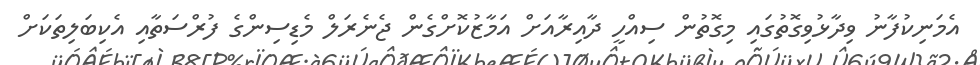
އެމަނިކުފާނު ވިދާޅުވިގޮތުގައި މިގޮތުން ސިއްހީ ދާއިރާއަށް އަމާޒުކޮށްގެން ޖެނެރަލް މެޑިސިންގެ ފުރްސަތާއި އެކިބަލިތަކަށް